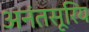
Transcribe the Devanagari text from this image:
अनंतसूरिय